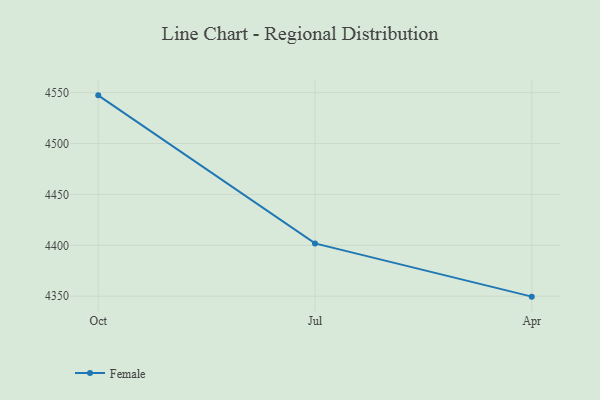
{"axis": {"x": "Month", "y": "Budget (USD K)"}, "legend": ["Female"], "data": [{"x": "Oct", "y": 4547.3, "type": "Female"}, {"x": "Jul", "y": 4401.9, "type": "Female"}, {"x": "Apr", "y": 4349.6, "type": "Female"}]}